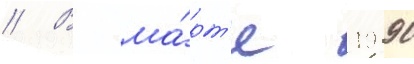
// В ма́рт'е 1990